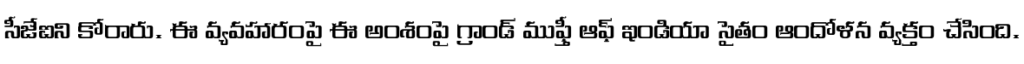
సీజేఐని కోరారు. ఈ వ్యవహారంపై ఈ అంశంపై గ్రాండ్ ముఫ్తీ ఆఫ్ ఇండియా సైతం ఆందోళన వ్యక్తం చేసింది.